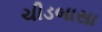
ચીડબાસા